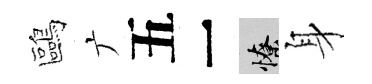
鷗广五一憭身